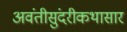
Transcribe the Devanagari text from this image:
अवंतीसुंदरीकथासार